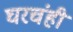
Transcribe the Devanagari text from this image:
घरचंही